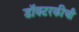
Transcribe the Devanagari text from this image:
डॉक्टरकीची